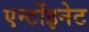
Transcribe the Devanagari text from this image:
एन्टोंइनेट